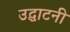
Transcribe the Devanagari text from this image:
उद्घाटनी